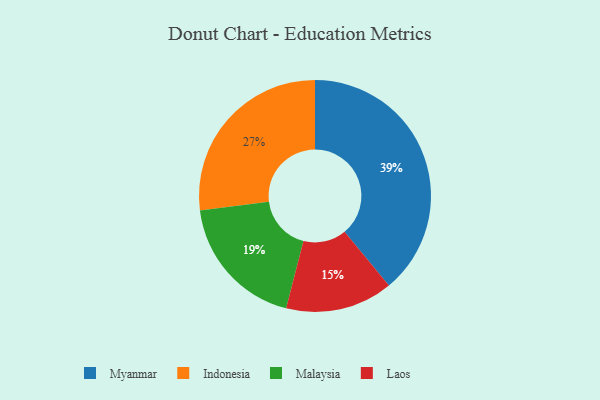
{"axis": {"x": "Category", "y": "Percentage"}, "legend": ["Indonesia", "Laos", "Malaysia", "Myanmar"], "data": [{"x": "Indonesia", "y": 27, "type": "Indonesia"}, {"x": "Malaysia", "y": 19, "type": "Malaysia"}, {"x": "Laos", "y": 15, "type": "Laos"}, {"x": "Myanmar", "y": 39, "type": "Myanmar"}]}